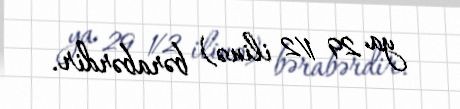
ya 29 1⁄2 ilinə) bərabərdir.